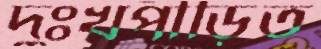
দুঃখপীড়িত